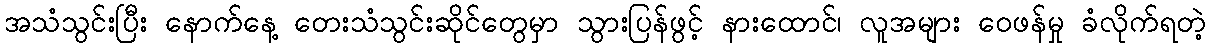
အသံသွင်းပြီး နောက်နေ့ တေးသံသွင်းဆိုင်တွေမှာ သွားပြန်ဖွင့် နားထောင်၊ လူအများ ဝေဖန်မှု ခံလိုက်ရတဲ့